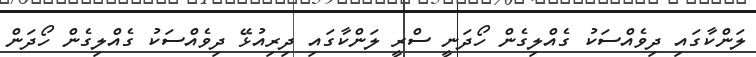
ލަންކާގައި ދިވެއްސަކު ގެއްލިގެން ހޯދަނީ ސްރީ ލަންކާގައި ދިރިއުޅޭ ދިވެއްސަކު ގެއްލިގެން ހޯދަން